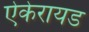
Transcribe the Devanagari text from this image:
ऐकेरायड